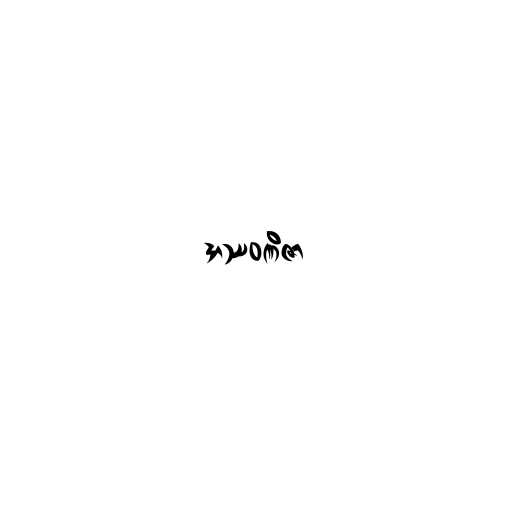
အဿဝဏိဇာ